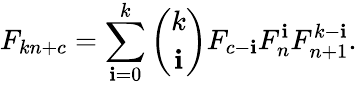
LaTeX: F_{kn+c}=\sum_{\mathbf{i}=0}^{k}{\binom{k}{\mathbf{i}}}F_{c-\mathbf{i}}F_{n}^{\mathbf{i}}F_{n+1}^{k-\mathbf{i}}.